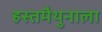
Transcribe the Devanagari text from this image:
हस्तमैथुनाला